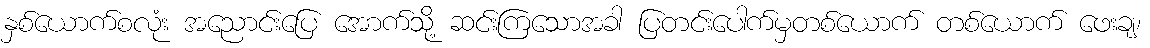
နှစ်ယောက်စလုံး အညောင်းပြေ အောက်သို့ ဆင်းကြသောအခါ ပြတင်းပေါက်မှတစ်ယောက် တစ်ယောက် ဖေးချ၊